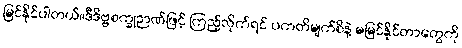
မြင်နိုင်ပါတယ်။ဒီဒိဗ္ဗစက္ခုဉာဏ်ဖြင့် ကြည့်လိုက်ရင် ပကတိမျက်စိနဲ့ မမြင်နိုင်တာတွေကို